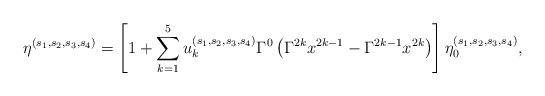
LaTeX: \begin{align*}\eta^{(s_1,s_2,s_3,s_4)} = \left[ 1 + \sum_{k=1}^5 u_k^{(s_1,s_2,s_3,s_4)} \Gamma^0 \left( \Gamma^{2k} x^{2k-1} - \Gamma^{2k-1} x^{2k} \right) \right]\eta_0^{(s_1,s_2,s_3,s_4)},\end{align*}